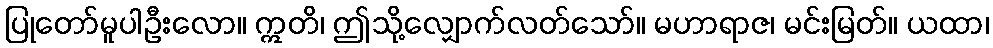
ပြုတော်မူပါဦးလော။ ဣတိ၊ ဤသို့လျှောက်လတ်သော်။ မဟာရာဇ၊ မင်းမြတ်။ ယထာ၊